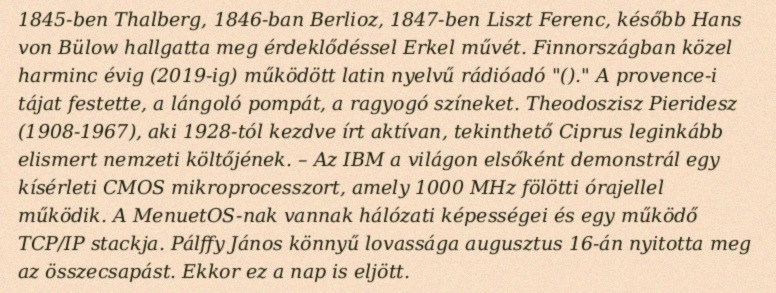
1845-ben Thalberg, 1846-ban Berlioz, 1847-ben Liszt Ferenc, később Hans von Bülow hallgatta meg érdeklődéssel Erkel művét. Finnországban közel harminc évig (2019-ig) működött latin nyelvű rádióadó "()." A provence-i tájat festette, a lángoló pompát, a ragyogó színeket. Theodoszisz Pieridesz (1908-1967), aki 1928-tól kezdve írt aktívan, tekinthető Ciprus leginkább elismert nemzeti költőjének. – Az IBM a világon elsőként demonstrál egy kísérleti CMOS mikroprocesszort, amely 1000 MHz fölötti órajellel működik. A MenuetOS-nak vannak hálózati képességei és egy működő TCP/IP stackja. Pálffy János könnyű lovassága augusztus 16-án nyitotta meg az összecsapást. Ekkor ez a nap is eljött.